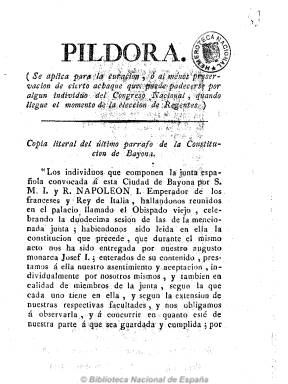
Título: Píldora / [P. Fr. Tomás Navarro]
Otros títulos: Las Píldoras || Las Píldoras (Sevilla) || Píldora extraordinaria
Colección: Periódicos anteriores a 1850
Ámbito geográfico: Sevilla
Lugar de publicación: Sevilla
Fechas: 04/09/1812-30/09/1813

Uno de los periódicos serviles y reaccionarios más extremistas y de los más calumniosos contra los constitucionalistas que aparecen en Sevilla tras la salida de las tropas francesas de la ciudad hispalense, a finales de agosto de 1812. Fundado y dirigido por el fraile franciscano Tomás Navarro, fue denunciado varias veces a las autoridades. Además de largas disquisiciones escritas en prosa, incluye versos de carácter satírico, no sólo contra Napoleón o Godoy, sino contra los afrancesados y los liberales, y obsesionado en demostrar que eran lo mismo. Se subtitula “periódico anti-reformista de Sevilla”, y aparece cada jueves (semanal) de la imprenta de Antonio Carrera, en números de cuatro páginas. De carácter eminentemente político, defiende el absolutismo, sus instituciones (Inquisición, etc.) y sus principios religiosos. Empezó a publicarse el uno de octubre de 1812 y desaparece a finales de 1813, después de publicar 64 “píldoras” o cuadernos. La colección incluye un número dedicado a una copia literal del último párrafo de la Constitución de Bayona, con la relación de sus firmantes, impreso por Manuel Ximénez Carreño.